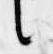
言